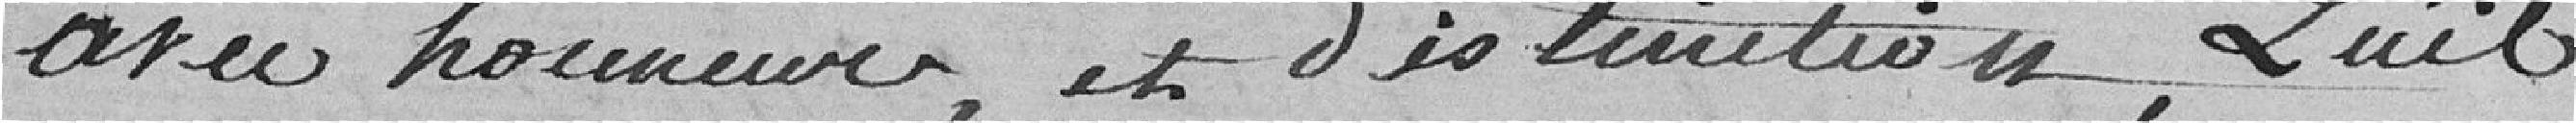
avec honneur et distinction, qu'il